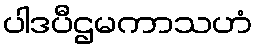
ပါဒပီဌမကာသဟံ